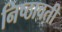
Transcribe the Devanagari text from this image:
निष्ठावती